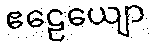
ဧဠေယျော